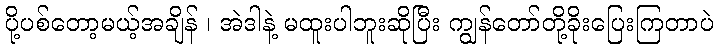
ပို့ပစ်တော့မယ့်အချိန် ၊ အဲဒါနဲ့ မထူးပါဘူးဆိုပြီး ကျွန်တော်တို့ခိုးပြေးကြတာပဲ